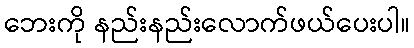
ဘေးကို နည်းနည်းလောက်ဖယ်ပေးပါ။